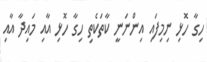
ހިގާ ހޮޅި ނިމިފައި އިންނަނީ ކާތަކެތި ހިގާ ހޮޅި އާއި މައިދާ އާއި